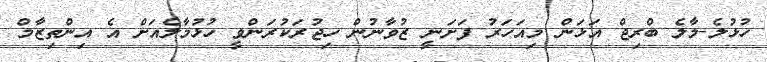
ހުޅުލެ-މާލެ ބްރިޖް އަޅަން މިއަހަރު ފަށަނީ ޒުވާނުން ހިޖުރަކުރަންވީ ހުޅުމާލެއަށް އެ އިންތިޒާމް